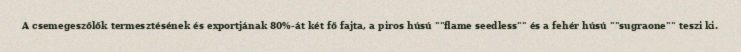
A csemegeszőlők termesztésének és exportjának 80%-át két fő fajta, a piros húsú ""flame seedless"" és a fehér húsú ""sugraone"" teszi ki.